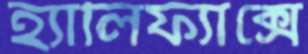
হ্যালিফ্যাক্সে